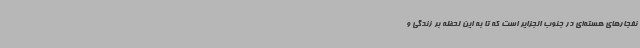
نفجارهای هسته‌ای در جنوب الجزایر است که تا به این لحظه بر زندگی و